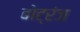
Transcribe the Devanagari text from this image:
बोट्रंज